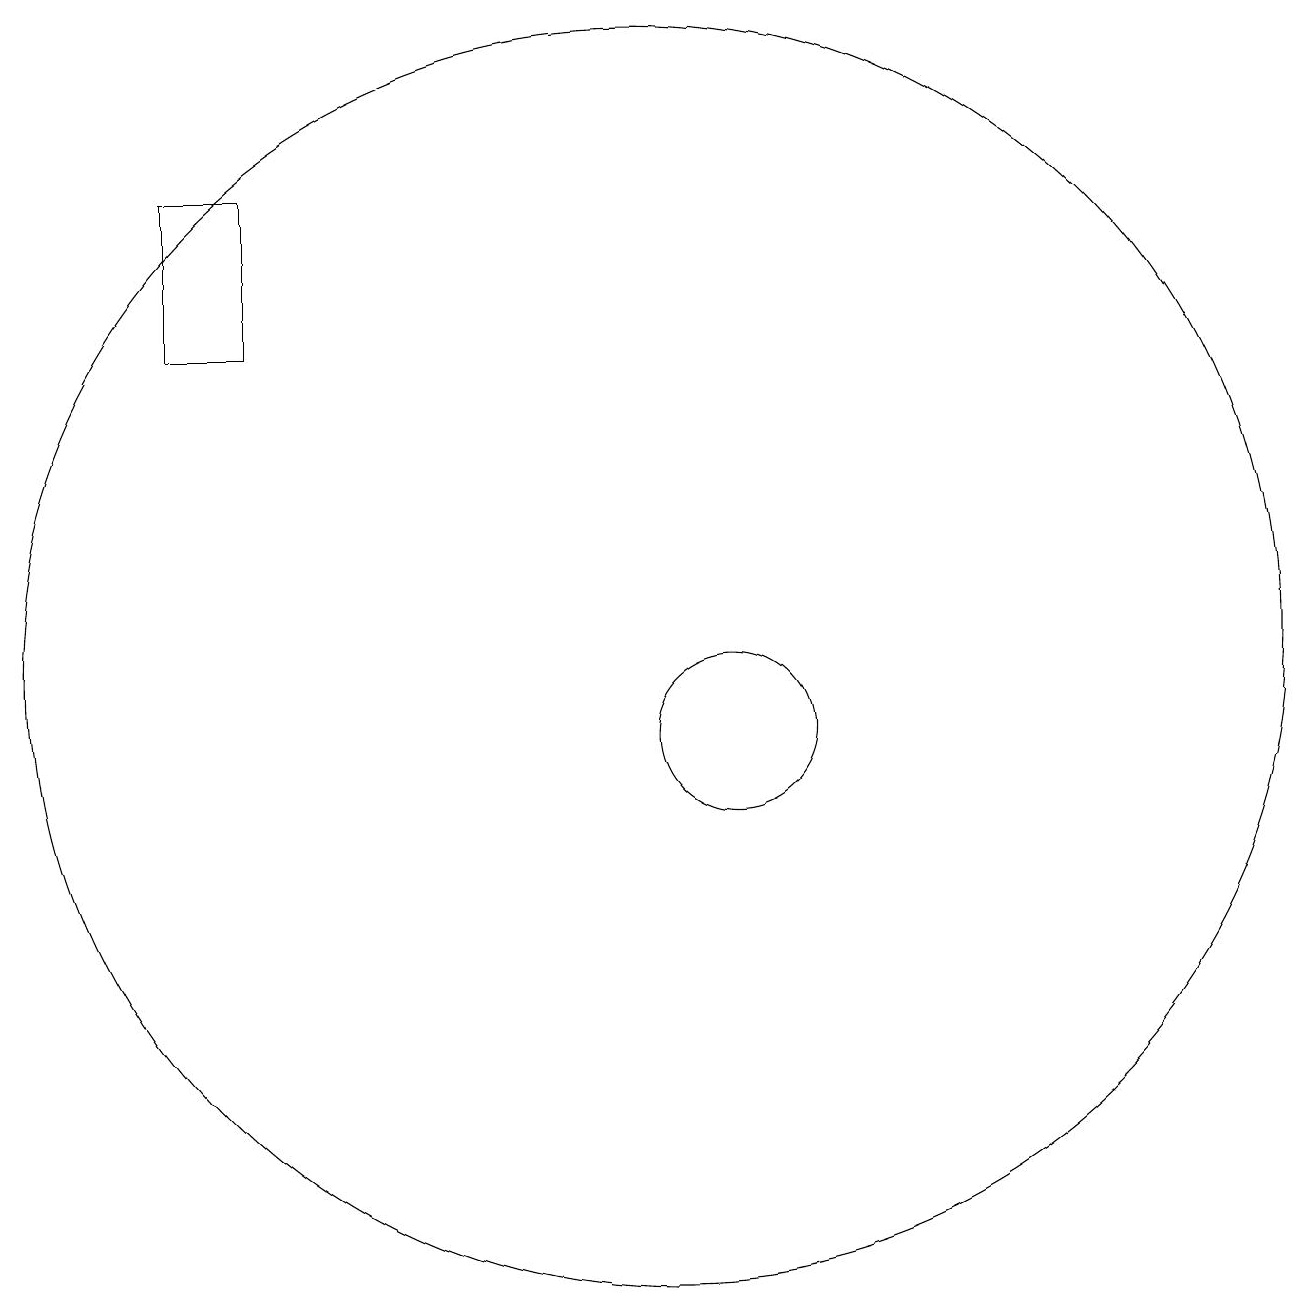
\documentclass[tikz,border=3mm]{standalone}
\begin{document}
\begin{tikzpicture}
\draw (11,10) circle (1);
\draw (10,11) circle (8);
\draw (5,17) rectangle (4,15);
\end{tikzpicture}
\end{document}